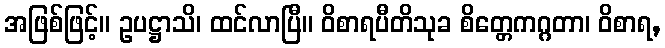
အဖြစ်ဖြင့်။ ဥပဋ္ဌာသိ၊ ထင်လာပြီ။ ဝိစာရပီတိသုခ စိတ္တေကဂ္ဂတာ၊ ဝိစာရ,